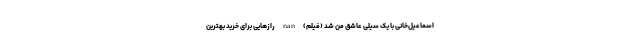
اسماعیل‌خانی با یک سیلی عاشق من شد (فیلم) nan رازهایی برای خرید بهترین